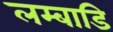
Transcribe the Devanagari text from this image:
लम्बाडि